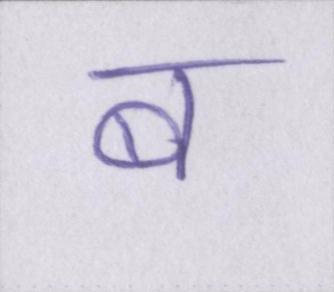
ब